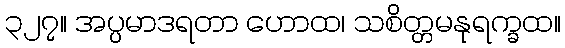
၃၂၇။ အပ္ပမာဒရတာ ဟောထ၊ သစိတ္တမနုရက္ခထ။